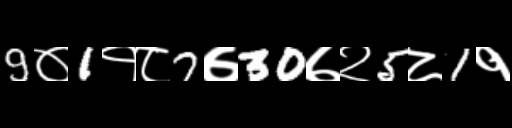
Text: 9०1१८7७30७२5८1१